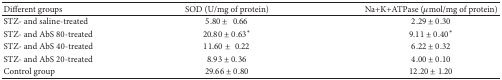
<table><thead><tr><td><b>Different groups</b></td><td><b>SOD (U/mg of protein)</b></td><td><b>Na+K+ATPase (<i>μ</i>mol/mg of protein)</b></td></tr></thead><tbody><tr><td>STZ- and saline-treated</td><td>5.80 ± 0.66</td><td>2.29 ± 0.30</td></tr><tr><td>STZ- and AbS 80-treated</td><td>20.80 ± 0.63*</td><td>9.11 ± 0.40*</td></tr><tr><td>STZ- and AbS 40-treated</td><td>11.60 ± 0.22</td><td>6.22 ± 0.32</td></tr><tr><td>STZ- and AbS 20-treated</td><td>8.93 ± 0.36</td><td>4.00 ± 0.10</td></tr><tr><td>Control group</td><td>29.66 ± 0.80</td><td>12.20 ± 1.20</td></tr></tbody></table>